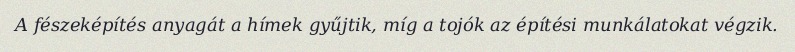
A fészeképítés anyagát a hímek gyűjtik, míg a tojók az építési munkálatokat végzik.